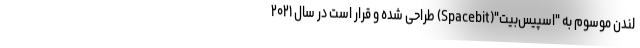
لندن موسوم به "اسپیس‌بیت"(Spacebit) طراحی شده و قرار است در سال ۲۰۲۱